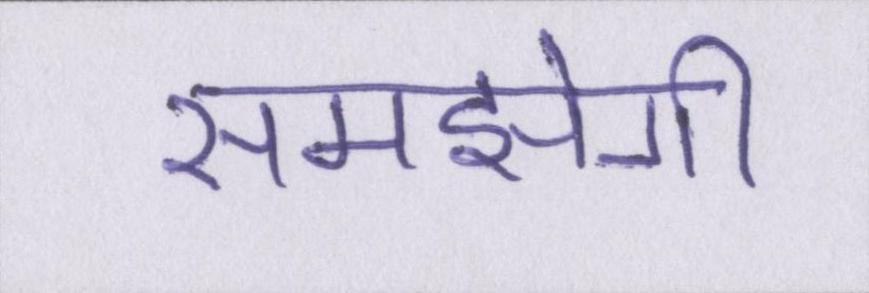
समझेगी